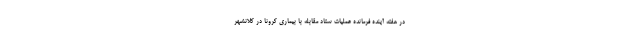
در هفته آینده فرمانده عملیات ستاد مقابله با بیماری کرونا در کلانشهر